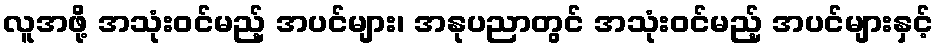
လူအဖို့ အသုံးဝင်မည့် အပင်များ၊ အနုပညာတွင် အသုံးဝင်မည့် အပင်များနှင့်